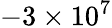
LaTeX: -3\times 10^{7}